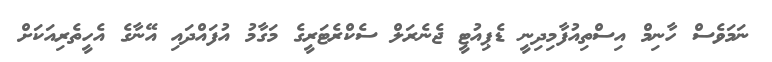
ނަމަވެސް ހާނިމް އިސްތިއުފާމިދިނީ ޑެޕިއުޓީ ޖެނެރަލް ސެކްރެޓަރީގެ މަގާމު އުފައްދައި އޭނާގެ އެހީތެރިއަކަށް